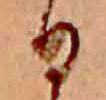
日